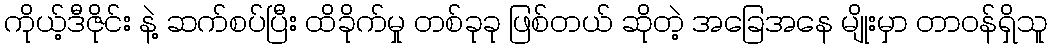
ကိုယ့်ဒီဇိုင်း နဲ့ ဆက်စပ်ပြီး ထိခိုက်မှု တစ်ခုခု ဖြစ်တယ် ဆိုတဲ့ အခြေအနေ မျိုးမှာ တာဝန်ရှိသူ